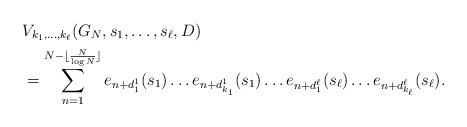
LaTeX: \begin{align*}&V_{k_1,\dots, k_\ell}(G_N,s_1,\dots, s_\ell,D)\\&= \sum_{n=1}^{N-\lfloor \frac{N}{\log N} \rfloor} e_{n+d_1^1}(s_1)\dots e_{n+d_{k_1}^1}(s_1) \dots e_{n+d_1^\ell}(s_\ell)\dots e_{n+d_{k_\ell}^\ell}(s_\ell).\end{align*}